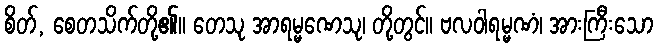
စိတ်, စေတသိက်တို့၏။ တေသု အာရမ္မဏေသု၊ တို့တွင်။ ဗလဝါရမ္မဏံ၊ အားကြီးသော